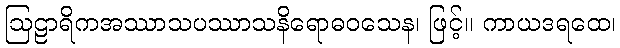
ဩဠာရိကအဿာသပဿာသနိရောဓဝသေန၊ ဖြင့်။ ကာယဒရထေ၊